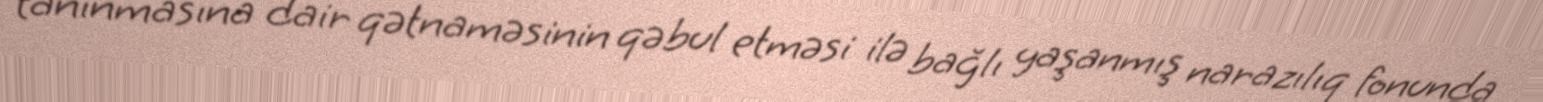
tanınmasına dair qətnaməsinin qəbul etməsi ilə bağlı yaşanmış narazılıq fonunda